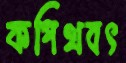
কপিত্থবৎ